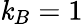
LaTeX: \mathit{k}_{B}=1